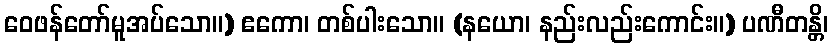
ဝေဖန်တော်မူအပ်သော။) ဧကော၊ တစ်ပါးသော။ (နယော၊ နည်းလည်းကောင်း။) ပဏီတန္တိ၊